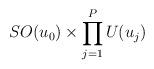
LaTeX: \begin{align*}SO(u_0)\times \prod _{j=1}^P U(u_j)\end{align*}